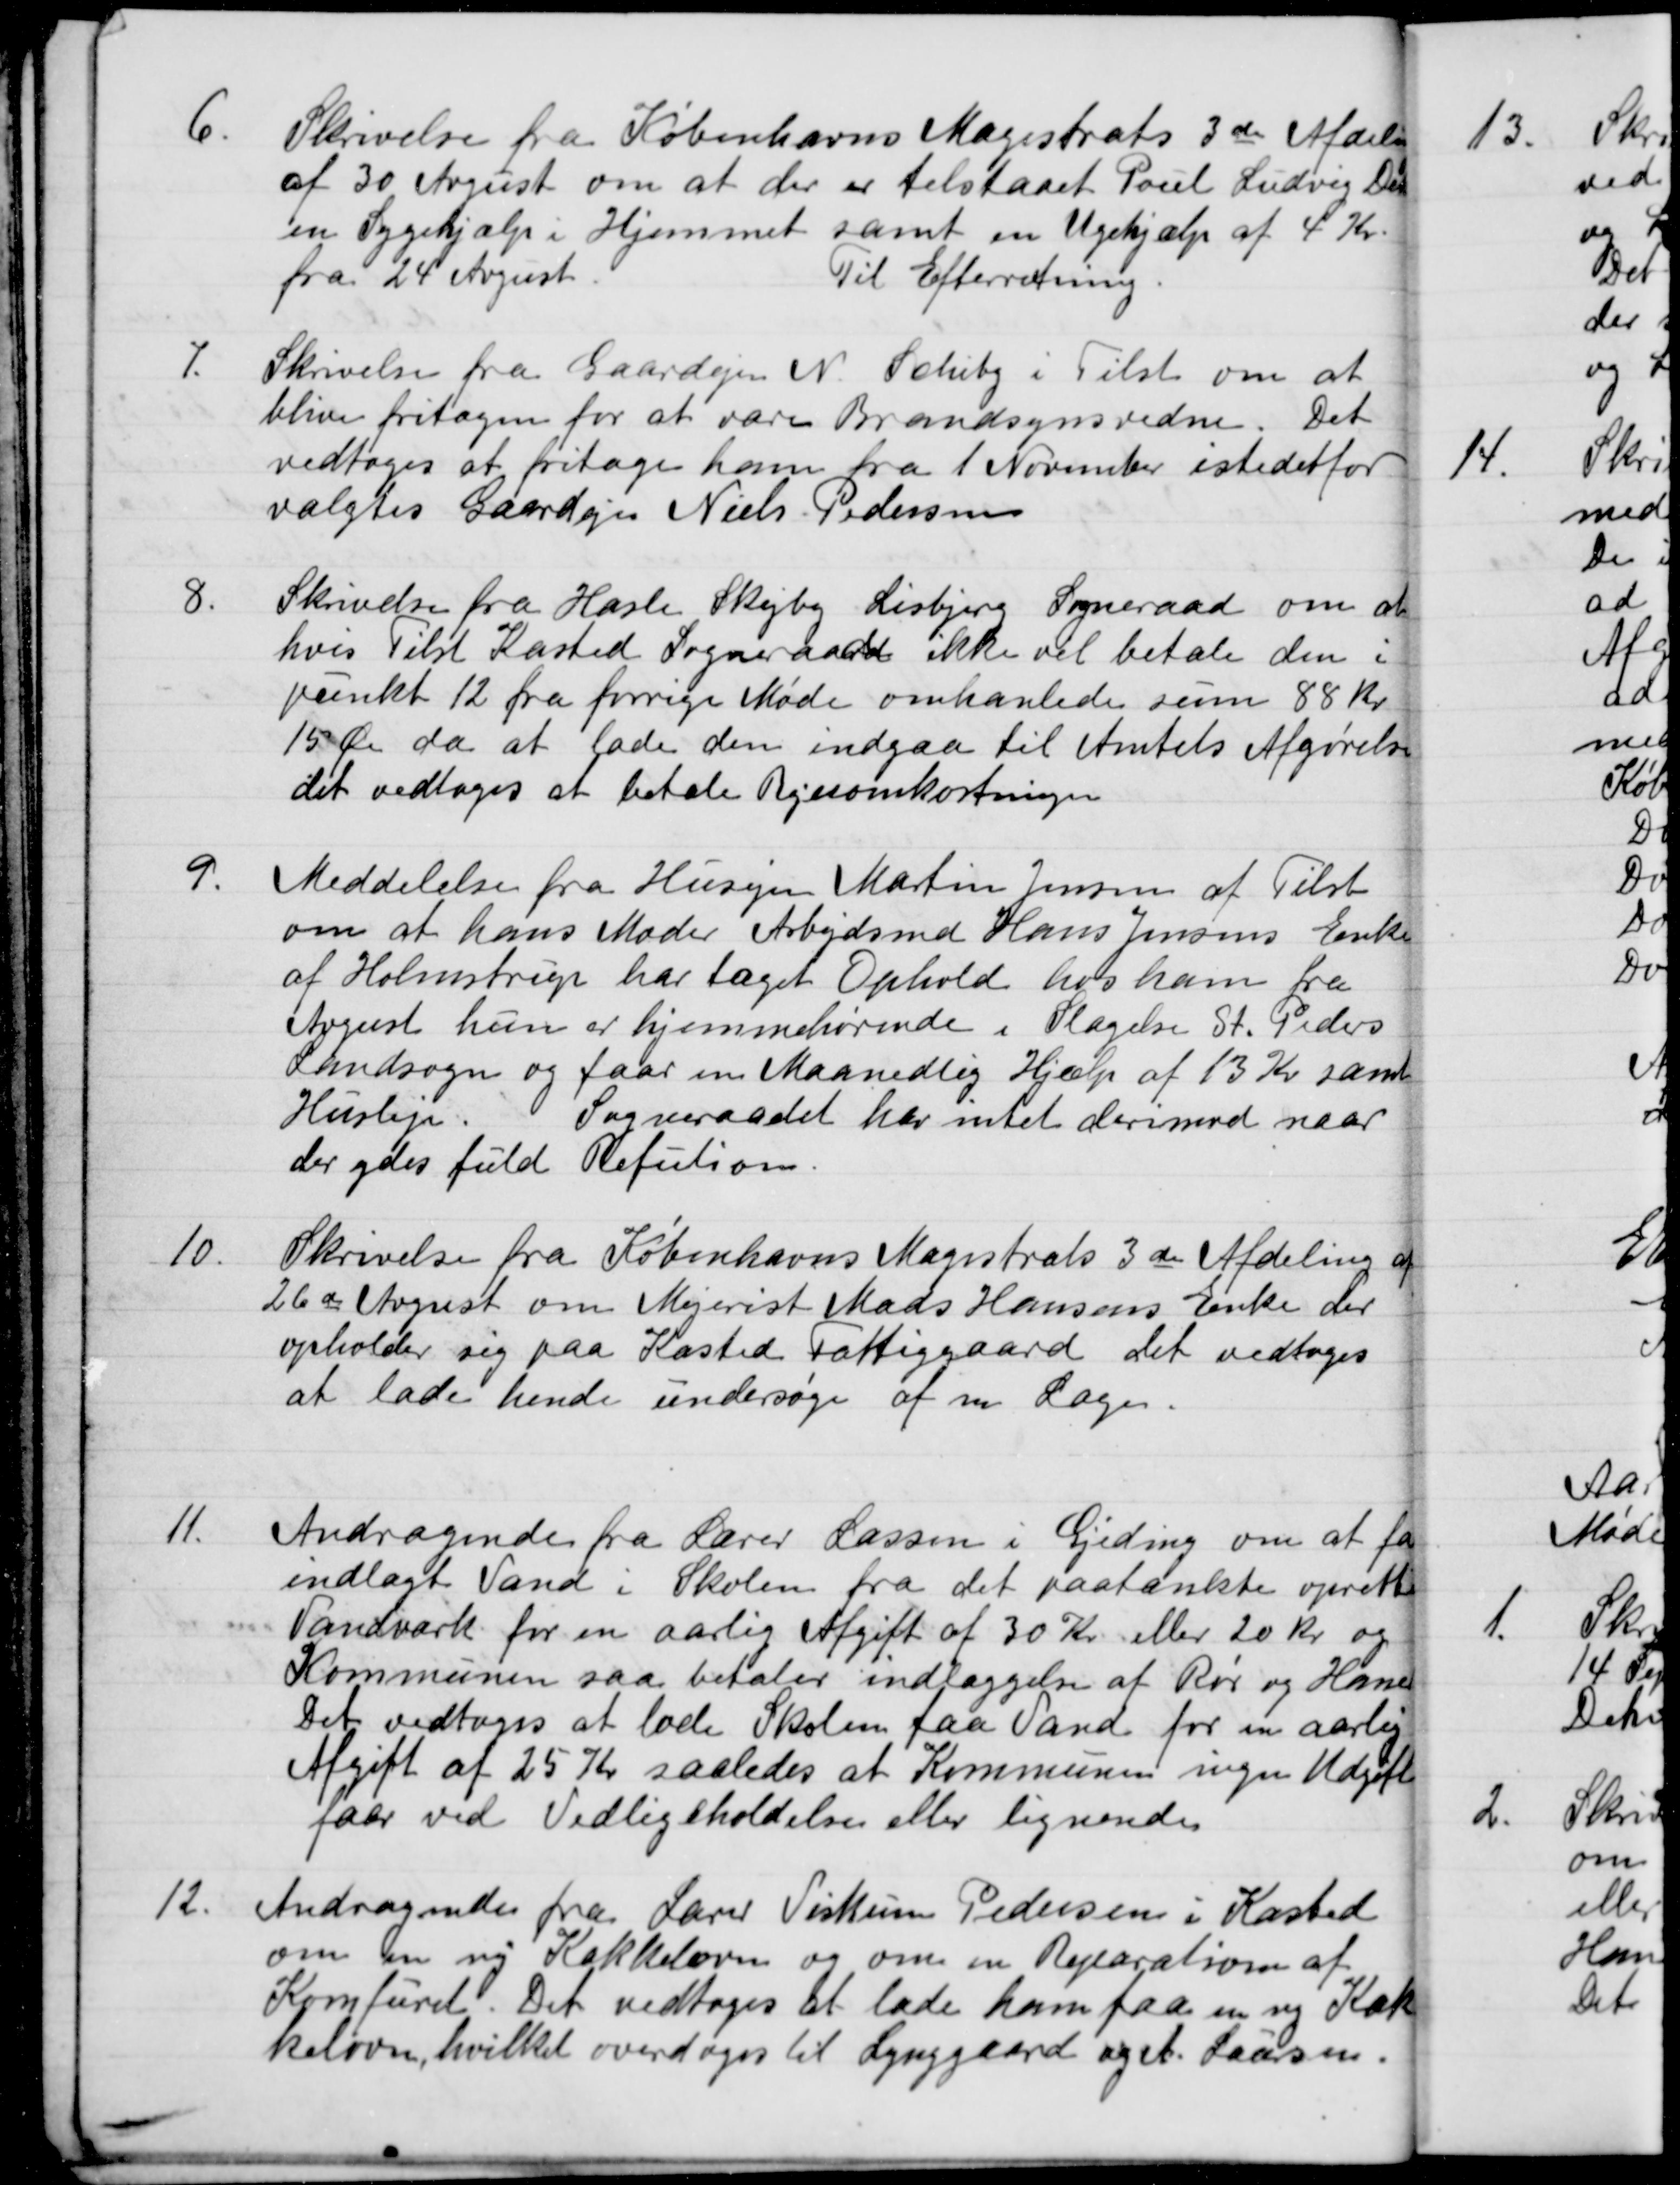
Transskription:
6.
Skrivelse fra Københavns Magistrats 3de Afdeling
af 30 August om at der er tilstaaet Poul Ludvig Der
en Sygehjælp i Hjemmet samt en Ugehjælp af 4 Kr.
fra 24 August
Til Efterretning.
7.
Skrivelse fra Gaardejen N. Schiby i Tilst om at
blive fritagen for at være Brandsynsvidne. Det
vedtoges at fritage ham fra 1 November istedetfor
valgtes Gaardejer Niels Pedersen
8.
Skrivelse fra Hasle Skejby Lisbjerg Sogneraad om at
hvis Tilst Kasted Sogneraadet ikke vil betale den i
punkt 12 fra forrige Møde omhanlede sum 88 Kr
15 Øre da at lade den indgaa til Amtets Afgørelse
det vedtoges at betale Rejseomkostningen
9.
Meddelelse fra Husejer Martin Jensen af Tilst
om at hans Moder Arbejdsmd Hans Jensens Enke
af Holmstrup har taget Ophold hos ham fra
August hun er hjemmehørende i Slagelse St. Peders
Landsogn og faar en Maanedlig Hjælp af 13 Kr samt
Husleje. Sogneraadet har intet derimod naar
der ydes fuld Refution.
10.
Skrivelse fra Københavns Magistrats 3de Afdeling af
26de August om Mejerist Mads Hansens Enke der
opholder sig paa Kasted Fattiggaard det vedtoges
at lade hende undersøge af en Læge.
11.
Andragende fra Lærer Lassen i Gjeding om at faa
indlagt Vand i Skolen fra det paatænkte oprettet
Vandværk for en aarlig Afgift af 30 Kr eller 20 kr. og
Kommunen saa betaler indlæggelse af Rør og Haner
Det vedtoges at lade Skolen faa Vand for en aarlig
Afgift af 25 Kr saaledes at Kommunens ingen Udgift
faar ved Vedligeholdelse eller lignende
12.
Andragende fra Lærer Viskum Pedersen i Kasted
om en ny Kakkelovn og om en Reparation af
Komfuret. Det vedtoges at lade ham faa en ny Kak-
kelovn, hvilket overdages til Lynggaard og A. Laursen.